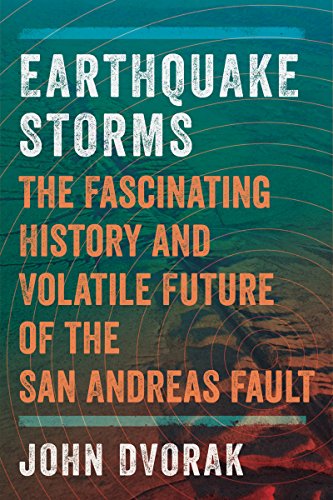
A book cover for Earthquake Storms: The Fascinating History and Volatile Future of the San Andreas Fault; John Dvorak; Science & Math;